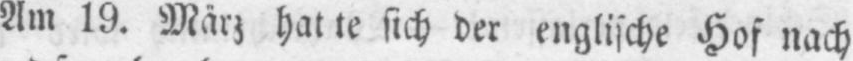
Am 19. März hatte sich der englische Hof nach